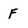
Character: F